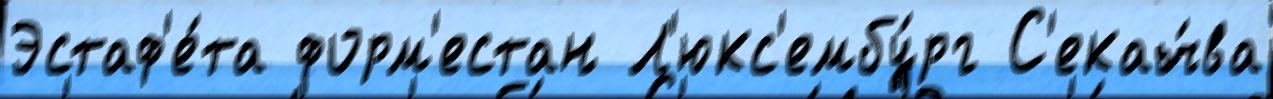
Эстаф'е́та форм'естан Л'юкс'ембу́рг С'екач́ва